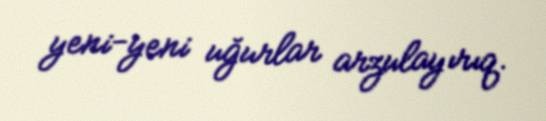
yeni-yeni uğurlar arzulayırıq.